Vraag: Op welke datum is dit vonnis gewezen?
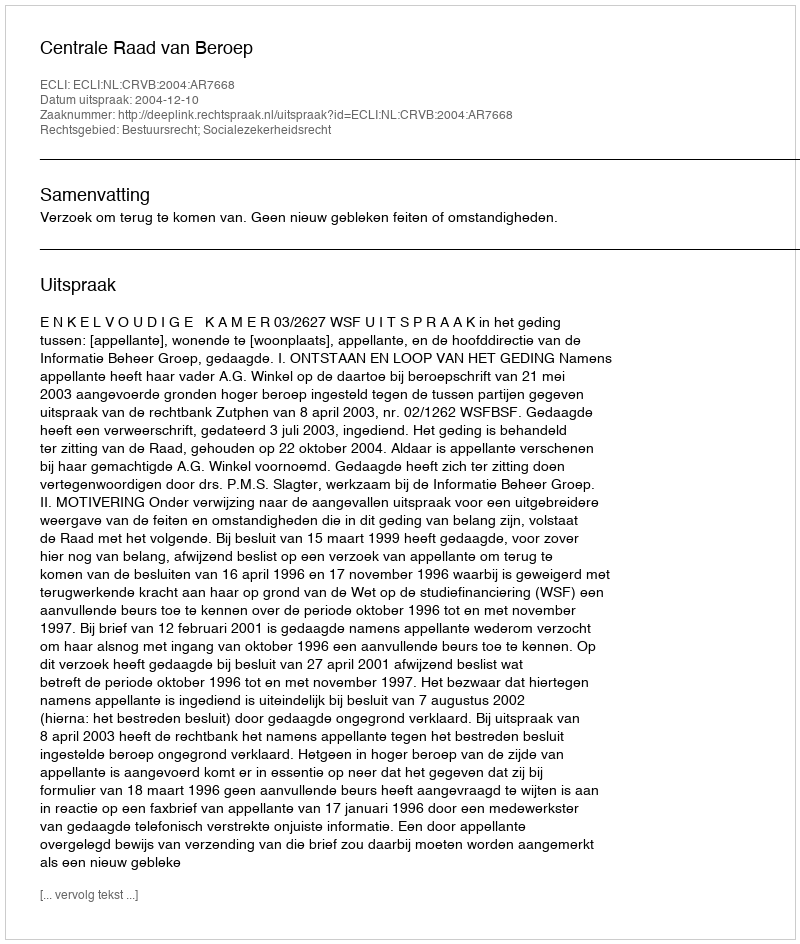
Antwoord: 2004-12-10